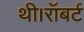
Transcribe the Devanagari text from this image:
थी।रॉबर्ट